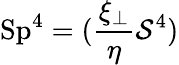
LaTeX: \mathrm{Sp}^{4}=(\frac{\xi_{\perp}}{\eta}\mathcal{S}^{4})